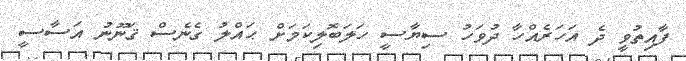
ފާއިތުވީ ދެ އަހަރެއްހާ ދުވަހު ސިޔާސީ ހަލަބޮލިކަމަށް ޙައްލު ގެނެސް ޤަނޫނު އަސާސީ